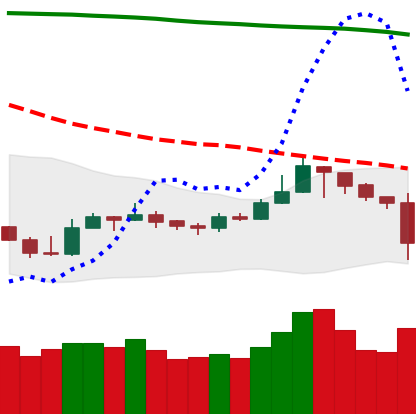
Ticker: LTC-USD
Chart end date: 2019-09-23
Forward return: -16.708%
Label: down_7plus